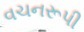
વચનરૂપી